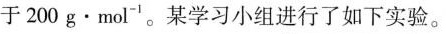
于200g·mol^{-1}。某学习小组进行了如下实验。